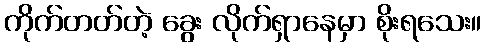
ကိုက်တတ်တဲ့ ခွေး လိုက်ရှာနေမှာ စိုးရသေး။